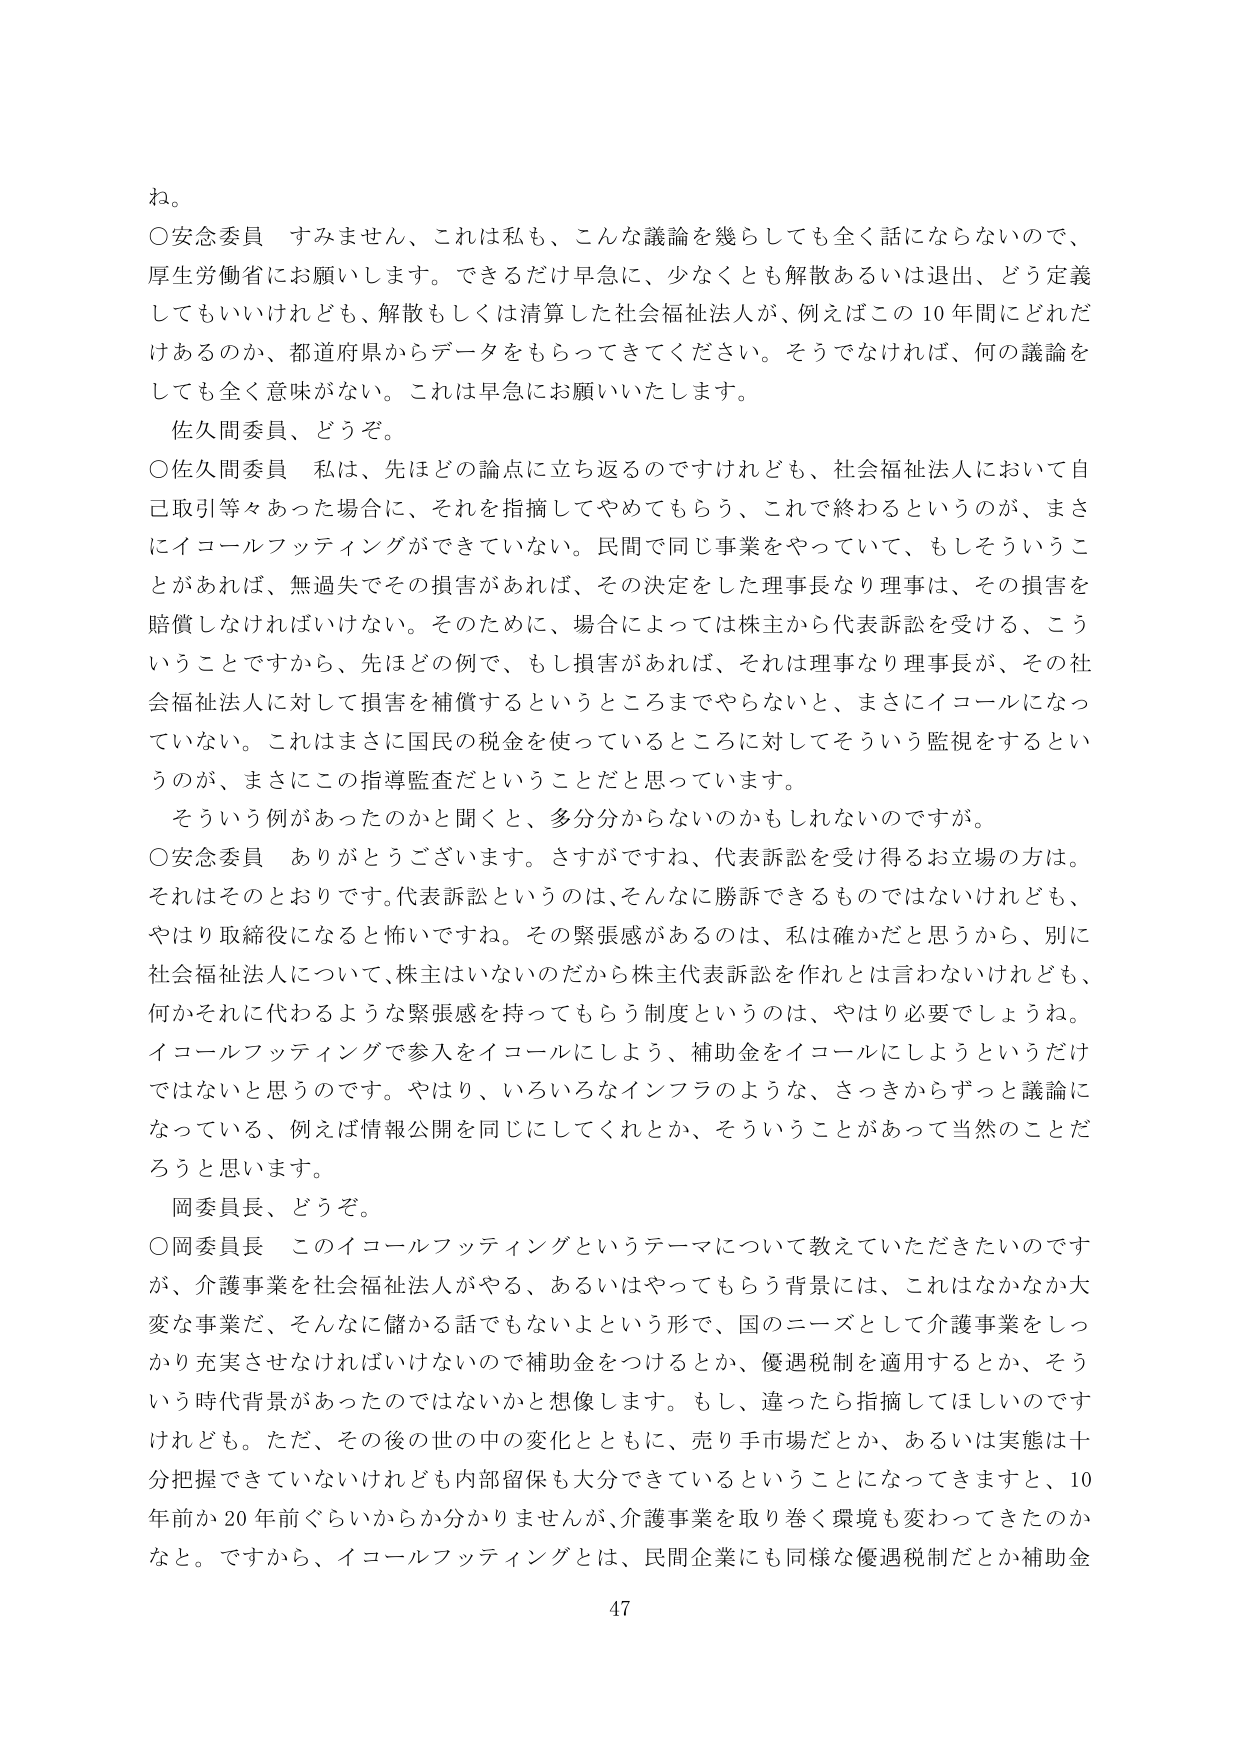
ね。

○安念委員　すみません、これは私も、こんな議論を幾らしても全く話にならないので、厚生労働省にお願いします。できるだけ早急に、少なくとも解散あるいは退出、どう定義してもいいけれども、解散もしくは清算した社会福祉法人が、例えばこの10年間にどれだけあるのか、都道府県からデータをもらってきてください。そうでなければ、何の議論をしても全く意味がない。これは早急にお願いいたします。

佐久間委員、どうぞ。

○佐久間委員　私は、先ほどの論点に立ち返るのですけれども、社会福祉法人において自己取引等々あった場合に、それを指摘してやめてもらう、これで終わるというのが、まさにイコールフッティングができていない。民間で同じ事業をやっていて、もしそういうことがあれば、無過失でその損害があれば、その決定をした理事長なり理事は、その損害を賠償しなければいけない。そのために、場合によっては株主から代表訴訟を受ける、こういうことですから、先ほどの例で、もし損害があれば、それは理事なり理事長が、その社会福祉法人に対して損害を補償するというところまでやらないと、まさにイコールになっていない。これはまさに国民の税金を使っているところに対してそういう監視をするというのが、まさにこの指導監査だということだと思います。

そういう例があったのかと聞くと、多分分からないのかもしれないのですが。

○安念委員　ありがとうございます。さすがですね、代表訴訟を受け得るお立場の方は。それはそのとおりです。代表訴訟というのは、そんなに勝訴できるものではないけれども、やはり取締役になると怖いですね。その緊張感があるのは、私は確かだと思うから、別に社会福祉法人について、株主はいないのだから株主代表訴訟を作れとは言わないけれども、何かそれに代わるような緊張感を持ってもらう制度というのは、やはり必要でしょうね。イコールフッティングで参入をイコールにしよう、補助金をイコールにしようというだけではないと思うのです。やはり、いろいろなインフラのような、さっきからずっと議論になっている、例えば情報公開を同じにしてくれとか、そういうことがあって当然のことだろうと思います。

岡委員長、どうぞ。

○岡委員長　このイコールフッティングというテーマについて教えていただきたいのですが、介護事業を社会福祉法人がやる、あるいはやってもらう背景には、これはなかなか大変な事業だ、そんなに儲かる話でもないよという形で、国のニーズとして介護事業をしっかり充実させなければならないので補助金をつけるとか、優遇税制を適用するとか、そういう時代背景があったのではないかと想像します。もし、違ったら指摘してほしいのですが。ただ、その後の世の中の変化とともに、売り手市場だとか、あるいは実態は十分把握できていないけれども内部留保も大分できているということになってきますと、10年前か20年前ぐらいからか分かりませんが、介護事業を取り巻く環境も変わってきたのかなと。ですから、イコールフッティングとは、民間企業にも同様な優遇税制だとか補助金

47